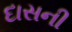
દાસની